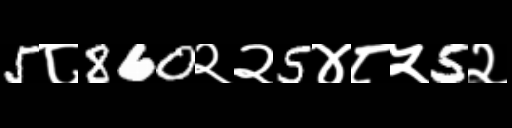
Text: 5८860२२5४८५5२